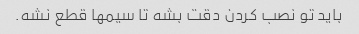
باید تو نصب کردن دقت بشه تا سیمها قطع نشه.